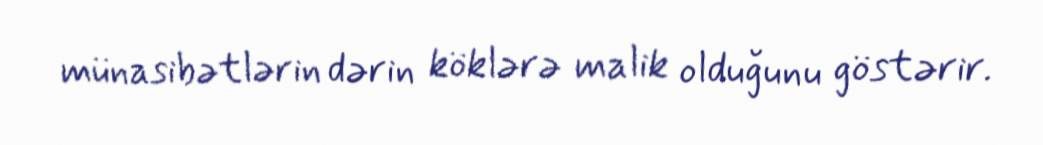
münasibətlərin dərin köklərə malik olduğunu göstərir.